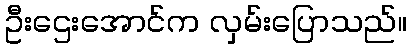
ဦးဌေးအောင်က လှမ်းပြောသည်။